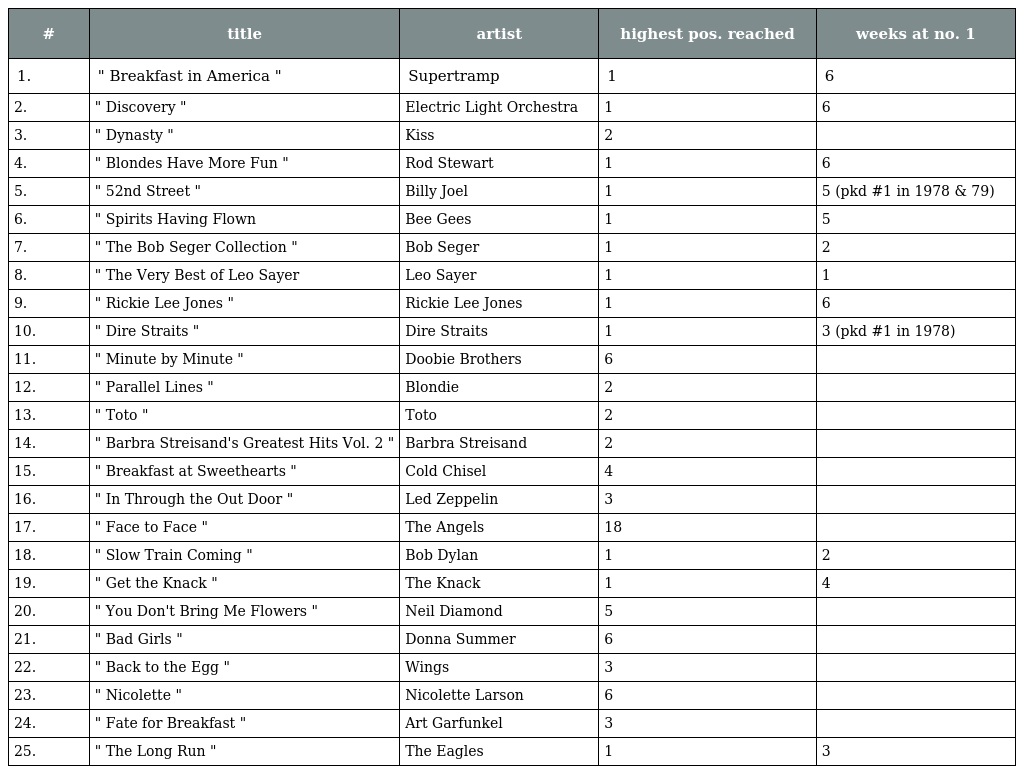
| # | title | artist | highest pos. reached | weeks at no. 1 |
 | --- | --- | --- | --- | --- |
 | 1. | " Breakfast in America " | Supertramp | 1 | 6 |
 | 2. | " Discovery " | Electric Light Orchestra | 1 | 6 |
 | 3. | " Dynasty " | Kiss | 2 |  |
 | 4. | " Blondes Have More Fun " | Rod Stewart | 1 | 6 |
 | 5. | " 52nd Street " | Billy Joel | 1 | 5 (pkd #1 in 1978 & 79) |
 | 6. | " Spirits Having Flown | Bee Gees | 1 | 5 |
 | 7. | " The Bob Seger Collection " | Bob Seger | 1 | 2 |
 | 8. | " The Very Best of Leo Sayer | Leo Sayer | 1 | 1 |
 | 9. | " Rickie Lee Jones " | Rickie Lee Jones | 1 | 6 |
 | 10. | " Dire Straits " | Dire Straits | 1 | 3 (pkd #1 in 1978) |
 | 11. | " Minute by Minute " | Doobie Brothers | 6 |  |
 | 12. | " Parallel Lines " | Blondie | 2 |  |
 | 13. | " Toto " | Toto | 2 |  |
 | 14. | " Barbra Streisand's Greatest Hits Vol. 2 " | Barbra Streisand | 2 |  |
 | 15. | " Breakfast at Sweethearts " | Cold Chisel | 4 |  |
 | 16. | " In Through the Out Door " | Led Zeppelin | 3 |  |
 | 17. | " Face to Face " | The Angels | 18 |  |
 | 18. | " Slow Train Coming " | Bob Dylan | 1 | 2 |
 | 19. | " Get the Knack " | The Knack | 1 | 4 |
 | 20. | " You Don't Bring Me Flowers " | Neil Diamond | 5 |  |
 | 21. | " Bad Girls " | Donna Summer | 6 |  |
 | 22. | " Back to the Egg " | Wings | 3 |  |
 | 23. | " Nicolette " | Nicolette Larson | 6 |  |
 | 24. | " Fate for Breakfast " | Art Garfunkel | 3 |  |
 | 25. | " The Long Run " | The Eagles | 1 | 3 |